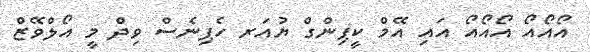
އޯއޯއޯ އޯއޯއޯ އައި އޭމް ކީޕިންގް ޔުއަރ ހެޕިނެސް ވިދް މީ އޯލްވޭޒް